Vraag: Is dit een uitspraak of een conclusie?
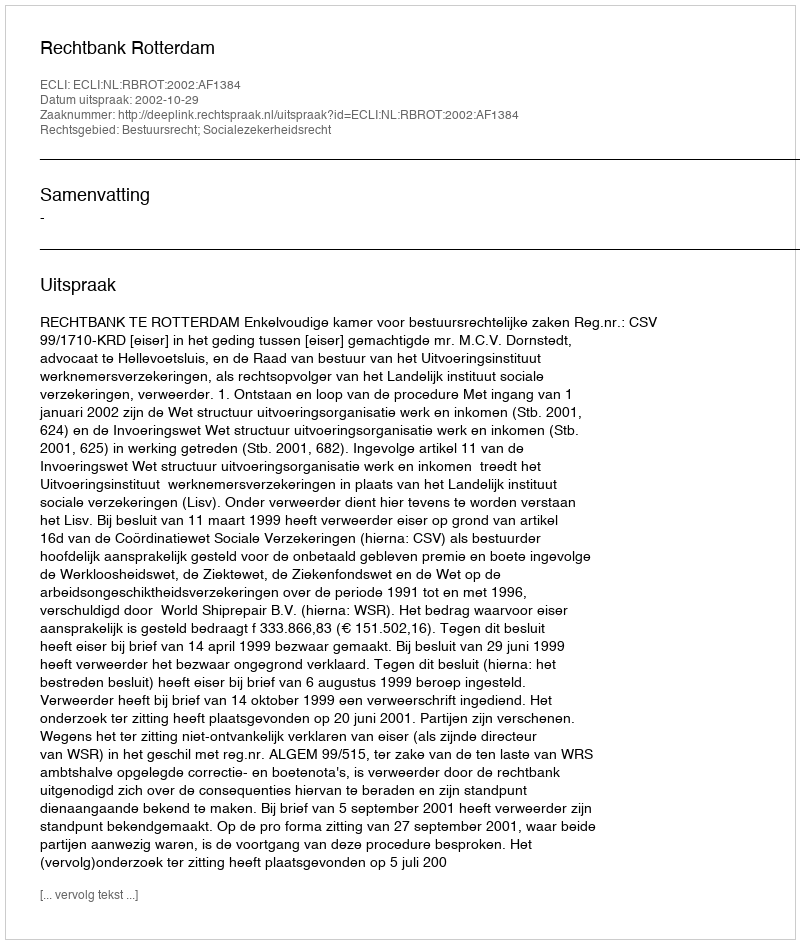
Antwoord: Uitspraak